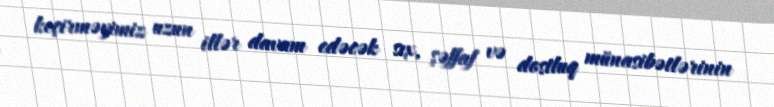
keçirməyimiz uzun illər davam edəcək sıx, şəffaf və dostluq münasibətlərinin